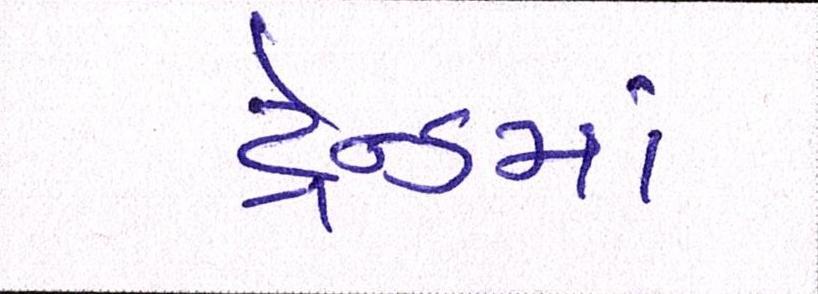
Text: ટ્રેન્ડમાં